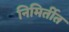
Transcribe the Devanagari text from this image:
निमिर्तीत